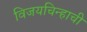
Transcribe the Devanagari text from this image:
विजयचिन्हाची